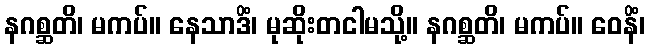
နဂစ္ဆတိ၊ မကပ်။ နေသာဒိံ၊ မုဆိုးတငါမသို့။ နဂစ္ဆတိ၊ မကပ်။ ဝေနိံ၊